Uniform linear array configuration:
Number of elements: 48
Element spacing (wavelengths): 1
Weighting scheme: uniform
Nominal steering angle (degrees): -45
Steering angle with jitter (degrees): -44.192
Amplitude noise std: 0.05
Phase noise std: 0.05

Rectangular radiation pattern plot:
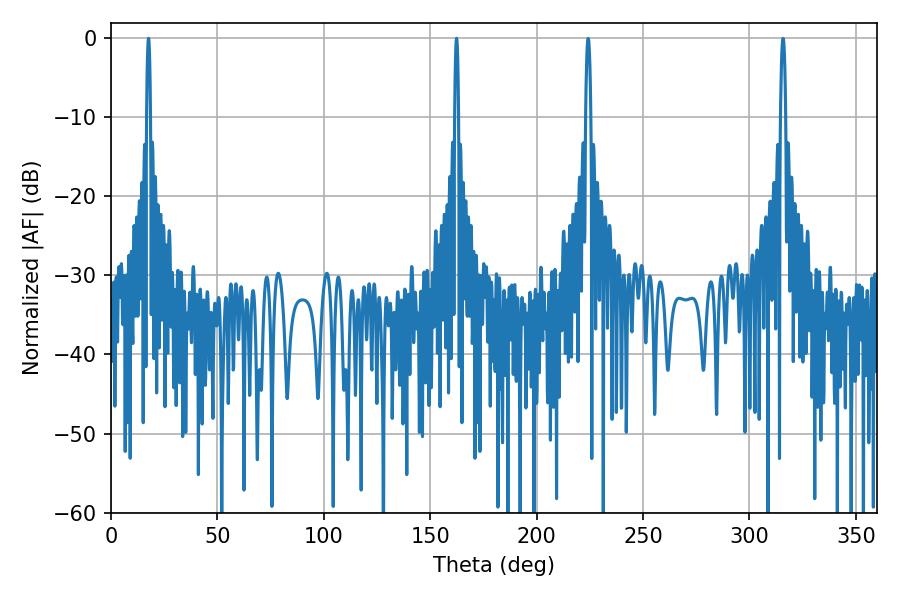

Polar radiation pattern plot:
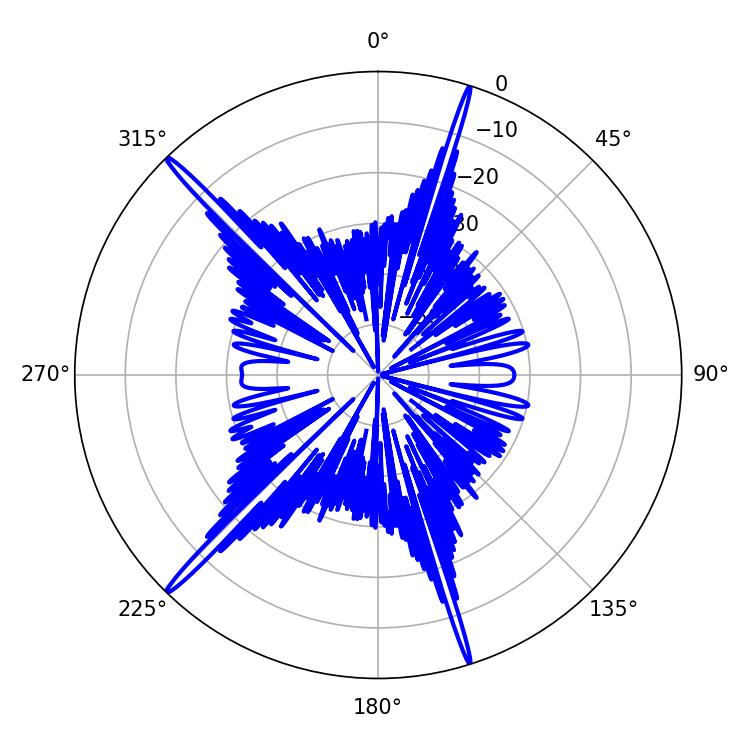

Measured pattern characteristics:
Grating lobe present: TRUE
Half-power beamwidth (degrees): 0.9
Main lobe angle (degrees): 17.64